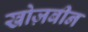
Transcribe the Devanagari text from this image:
खोज़बीन